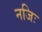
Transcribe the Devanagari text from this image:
नजिः